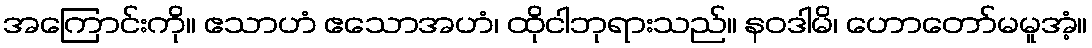
အကြောင်းကို။ ဧသာဟံ ဧသောအဟံ၊ ထိုငါဘုရားသည်။ နဝဒါမိ၊ ဟောတော်မမူအံ့။